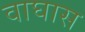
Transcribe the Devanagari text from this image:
वाघास